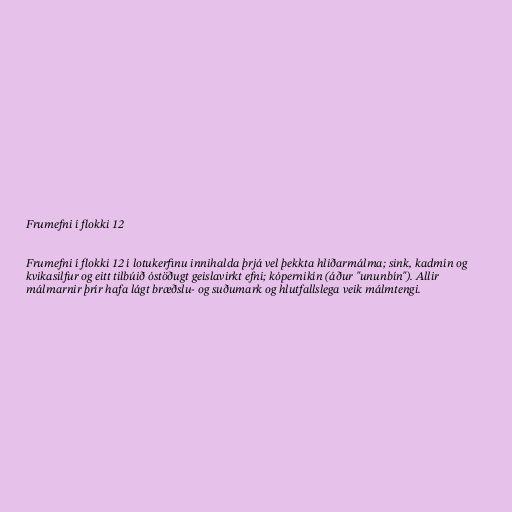
Frumefni í flokki 12

Frumefni í flokki 12 í lotukerfinu innihalda þrjá vel þekkta hliðarmálma; sink, kadmín og
kvikasilfur og eitt tilbúið óstöðugt geislavirkt efni; kópernikín (áður "ununbín"). Allir
málmarnir þrír hafa lágt bræðslu- og suðumark og hlutfallslega veik málmtengi.